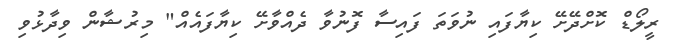
ރީލޯޑް ކޮށްދޭށޭ ކިޔާފައި ނުވަތަ ފައިސާ ފޮނުވާ ދެއްވާށޭ ކިޔާފައެއް" މިރުޝާން ވިދާޅުވި